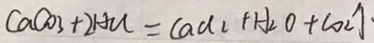
C a C O _ { 3 } + 2 H C l = C a C l _ { 2 } + H _ { 2 } O + C O _ { 2 } \uparrow \cdot